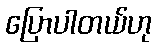
ပြောပါတယ်ဟု